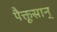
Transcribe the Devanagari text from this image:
पैक्तूसान्